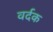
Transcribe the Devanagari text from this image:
वर्दक